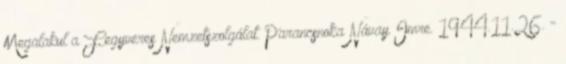
Megalakul a Fegyveres Nemzetszolgálat. Parancsnoka Návay Imre. 1944.11.26. -